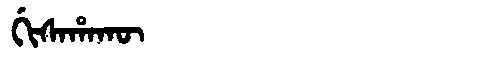
Manchu: ᡤᡳᠰᠠᡥᠠᡴᡡ
Romanization: GISAHAKŪ